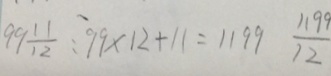
9 9 \frac { 1 1 } { 1 2 } : 9 9 \times 1 2 + 1 1 = 1 1 9 9 \frac { 1 1 9 9 } { 1 2 }